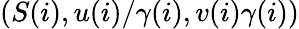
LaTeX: (S(i),u(i)/\gamma(i),v(i)\gamma(i))